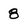
Character: 8